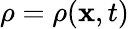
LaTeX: \rho=\rho(\mathbf{x},t)